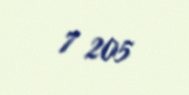
7 205